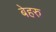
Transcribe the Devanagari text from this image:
बेहरु